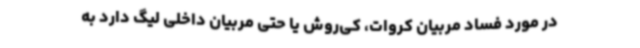
در مورد فساد مربیان کروات، کی‌روش یا حتی مربیان داخلی لیگ دارد به